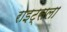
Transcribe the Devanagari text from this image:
राइट्सला